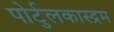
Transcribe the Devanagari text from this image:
पोर्टुलकास्द्रम